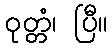
ဝုတ္တံ၊ ပြီ။